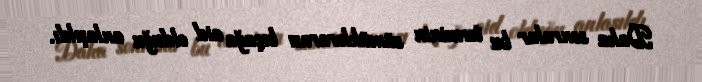
Daha sonralar bu terminin sümüklərarası bıçağa aid olduğu anlaşıldı.